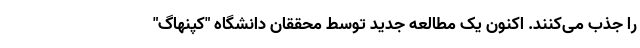
را جذب می‌کنند. اکنون یک مطالعه جدید توسط محققان دانشگاه "کپنهاگ"